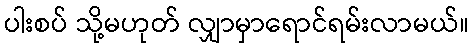
ပါးစပ် သို့မဟုတ် လျှာမှာရောင်ရမ်းလာမယ်။